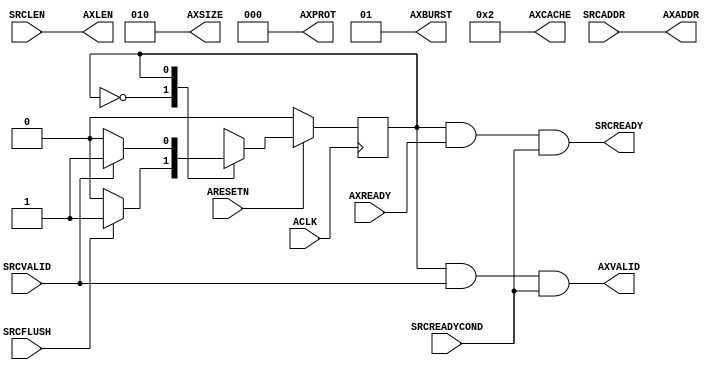
module AXI4CommandDriver
#
(
    parameter AddressWidth      = 32    ,
    parameter DataWidth         = 32
)
(
    ACLK        ,
    ARESETN     ,
    AXADDR      ,
    AXLEN       ,
    AXSIZE      ,
    AXBURST     ,
    AXCACHE     ,
    AXPROT      ,
    AXVALID     ,
    AXREADY     ,
    SRCADDR     ,
    SRCLEN      ,
    SRCVALID    ,
    SRCREADY    ,
    SRCFLUSH    ,
    SRCREADYCOND
);
    input                           ACLK        ;
    input                           ARESETN     ;
    output  [AddressWidth - 1:0]    AXADDR      ;
    output  [7:0]                   AXLEN       ;
    output  [2:0]                   AXSIZE      ;
    output  [1:0]                   AXBURST     ;
    output  [3:0]                   AXCACHE     ;
    output  [2:0]                   AXPROT      ;
    output                          AXVALID     ;
    input                           AXREADY     ;
    input   [AddressWidth - 1:0]    SRCADDR     ;
    input   [7:0]                   SRCLEN      ;
    input                           SRCVALID    ;
    output                          SRCREADY    ;
    input                           SRCFLUSH    ;
    input                           SRCREADYCOND;

    localparam  State_Idle       = 1'b0 ;
    localparam  State_Requesting = 1'b1 ;
    reg         rCurState               ;
    reg         rNextState              ;
    
    always @ (posedge ACLK)
        if (!ARESETN)
            rCurState <= State_Idle;
        else
            rCurState <= rNextState;

    always @ (*)
        case (rCurState)
        State_Idle:
            rNextState <= (SRCFLUSH)?State_Requesting:State_Idle;
        State_Requesting:
            rNextState <= (!SRCVALID)?State_Idle:State_Requesting;
        endcase
    
    assign AXADDR   = SRCADDR                   ;
    assign AXLEN    = SRCLEN                    ;
    assign AXSIZE   = $clog2(DataWidth / 8 - 1) ;
    assign AXBURST  = 2'b01                     ;
    assign AXCACHE  = 4'b0010                   ;
    assign AXPROT   = 3'b0                      ;
    
    assign AXVALID  = (rCurState == State_Requesting) && SRCVALID && SRCREADYCOND;
    assign SRCREADY = (rCurState == State_Requesting) && AXREADY && SRCREADYCOND;
    
endmodule